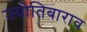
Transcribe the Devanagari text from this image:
ज्योतिबाराव